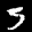
Label: 3